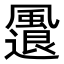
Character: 𩘬